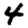
Digit: 4